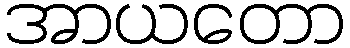
အာယတော